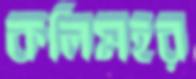
কলিমহর